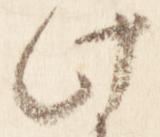
此